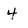
Character: 4